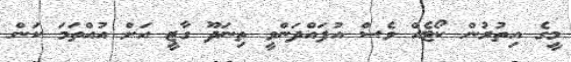
މީގެ އިތުރުން ކޯޓެއް ވެސް އުފައްދަންވީ ތިނަދޫ ގާޒީ އަށް އުއްތަމަ ކަން